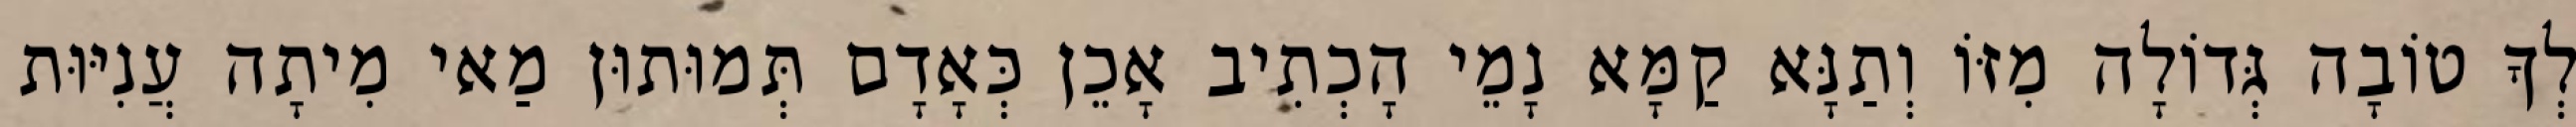
לְךָ טוֹבָה גְּדוֹלָה מִזּוֹ וְתַנָּא קַמָּא נָמֵי הָכְתִיב אָכֵן כְּאָדָם תְּמוּתוּן מַאי מִיתָה עֲנִיּוּת